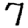
Digit: 7